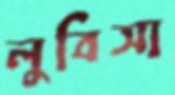
লুবিসা